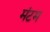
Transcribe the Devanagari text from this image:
मंटम